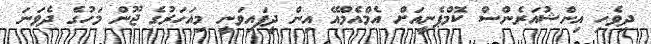
ދިވެހި އިންޝުއަރެންސް ކޮމްޕެނީއަށް އެމްއެމްއޭ އިން ދީފައިވަނީ މިއަހަރުގެ ޖޫން މަހުގެ ދެވަނަ